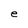
Character: e